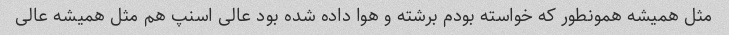
مثل همیشه همونطور که خواسته بودم برشته و هوا داده شده بود عالی اسنپ هم مثل همیشه عالی